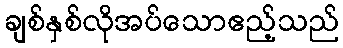
ချစ်နှစ်လိုအပ်သောဧည့်သည်